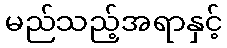
မည်သည့်အရာနှင့်